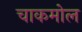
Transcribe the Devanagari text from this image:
चाकमोल